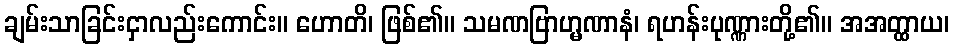
ချမ်းသာခြင်းငှာလည်းကောင်း။ ဟောတိ၊ ဖြစ်၏။ သမဏဗြာဟ္မဏာနံ၊ ရဟန်းပုဏ္ဏားတို့၏။ အအတ္ထာယ၊